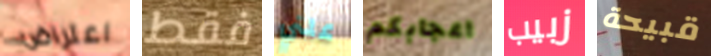
اعتراض فقط علني اعجابكم زبيب قبيحة